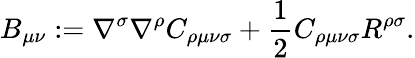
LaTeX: B_{\mu\nu}:=\nabla^{\sigma}\nabla^{\rho}C_{\rho\mu\nu\sigma}+\frac{1}{2}C_{\rho\mu\nu\sigma}R^{\rho\sigma}.